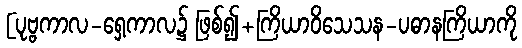
[ပုဗ္ဗကာလ-ရှေ့ကာလ၌ ဖြစ်၍+ကြိယာဝိသေသန-ပဓာနကြိယာကို